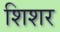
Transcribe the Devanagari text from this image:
शिशर